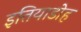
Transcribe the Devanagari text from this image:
इतियाडोह